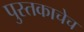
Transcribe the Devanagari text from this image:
पुस्तकाचेच